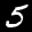
Label: 5